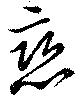
戀